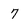
Character: 7